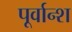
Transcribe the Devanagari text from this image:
पूर्वान्श